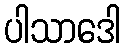
ပါသာဒေါ